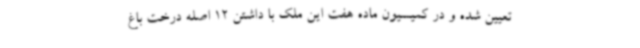
تعیین شده و در کمیسیون ماده هفت این ملک با داشتن 12 اصله درخت باغ